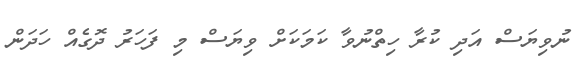
ނުވިޔަސް އަދި ކުރާ ހިތްނުވާ ކަމަކަށް ވިޔަސް މި ފަހަރު ދޮގެއް ހަދަން